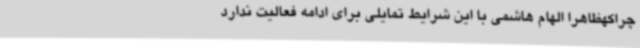
چراکهظاهرا الهام هاشمی با این شرایط تمایلی برای ادامه فعالیت ندارد